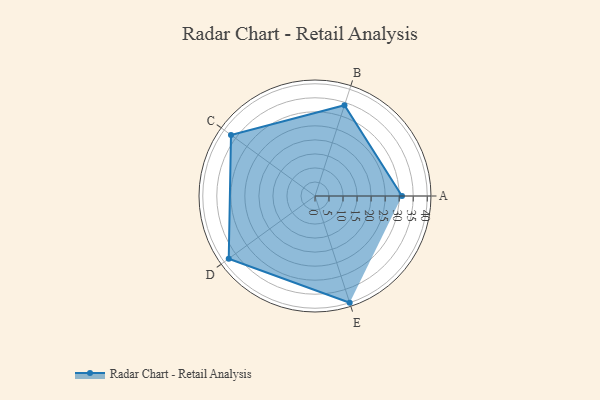
{"axis": {"x": "Skill", "y": "Score"}, "legend": ["Profile"], "data": [{"x": "A", "y": 31.0, "type": "Profile"}, {"x": "B", "y": 34.0, "type": "Profile"}, {"x": "C", "y": 37.0, "type": "Profile"}, {"x": "D", "y": 38.0, "type": "Profile"}, {"x": "E", "y": 40.0, "type": "Profile"}]}